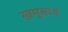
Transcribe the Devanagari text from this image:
खम्बाव